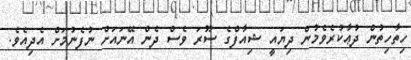
ހިތާހިތުން ދުޢާކުރެވެމުން ދިޔައީ ޝިއާފްގެ ސޫރަ ވެސް ދެން އޭނައަށް ނުފެނުމަށް އެދިއެވެ.